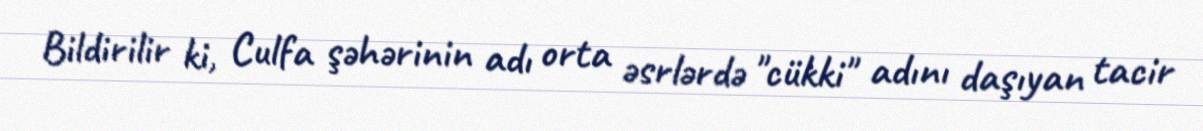
Bildirilir ki, Culfa şəhərinin adı orta əsrlərdə "cükki" adını daşıyan tacir